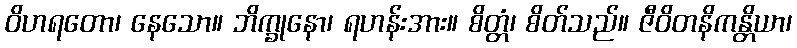
ဝိဟရတော၊ နေသော။ ဘိက္ခုနော၊ ရဟန်းအား။ စိတ္တံ၊ စိတ်သည်။ ဇီဝိတနိကန္တိယာ၊